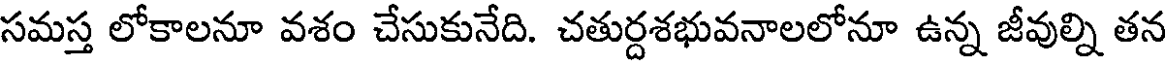
సమస్త లోకాలనూ వశం చేసుకునేది. చతుర్దశభువనాలలోనూ ఉన్న జీవుల్ని తన